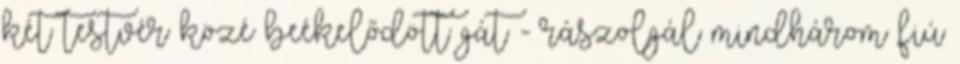
két testvér közé beékelődött gát - rászolgál mindhárom fiú